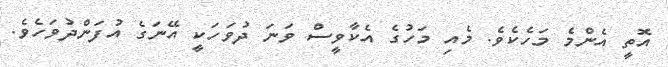
އޮތީ އެންމެ މަހެކެވެ. މެއި މަހުގެ އެކާވީސް ވަނަ ދުވަހަކީ އޭނަގެ އުފަންދުވަހެވެ.